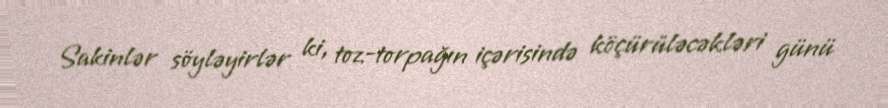
Sakinlər söyləyirlər ki, toz-torpağın içərisində köçürüləcəkləri günü